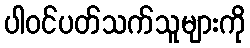
ပါဝင်ပတ်သက်သူများကို